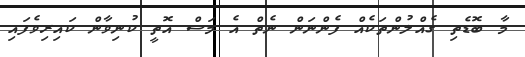
މާ ބޮޑެތި ގެއްލުންތަކެއް ފެންނަން ނެތް އެ މަސް އޮތީ ކުނިވާން ކައިރިވެފައި